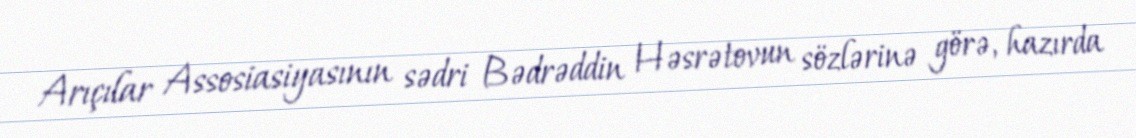
Arıçılar Assosiasiyasının sədri Bədrəddin Həsrətovun sözlərinə görə, hazırda